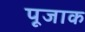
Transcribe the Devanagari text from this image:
पूजाक